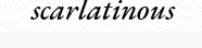
scarlatinous